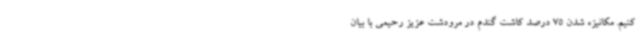
کنیم. مکانیزه شدن 75 درصد کاشت گندم در مرودشت عزیز رحیمی با بیان